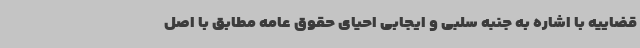
قضاییه با اشاره به جنبه سلبی و ایجابی احیای حقوق عامه مطابق با اصل